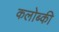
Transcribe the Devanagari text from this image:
कलोब्की